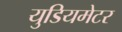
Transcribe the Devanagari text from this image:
युडियमेटर